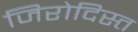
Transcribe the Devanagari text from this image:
जिरोदिस्त